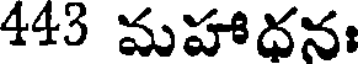
443 మహాధనః